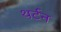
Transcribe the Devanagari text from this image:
थर्टन